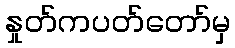
နှုတ်ကပတ်တော်မှ